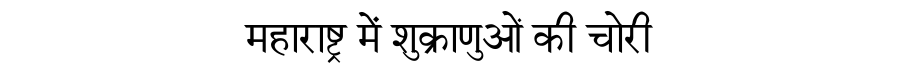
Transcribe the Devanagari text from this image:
महाराष्ट्र में शुक्राणुओं की चोरी